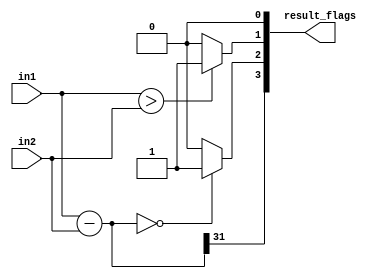

// CMP instruction, sets flags

module BIT_CMP(in1, in2, result_flags);
input [31:0] in1,in2;
output reg [3:0] result_flags; // NZCV ~ Sign, Carry, Zero, Overflow ~ reordered by Tyson to Sign, Zero, Carry Overflow to match ALU
reg [31:0] tmp_result;
 // this process is done by subtracting the second operand from the first and then set flags based on that result
 // the result is discarded as both in1 and in2 are unmodified

 always @*
 begin
	
	// flag setting subtraction operation
 	tmp_result = in1 - in2;

	// sign is a copy of the MSB in the tmp_result
 	result_flags[3] = tmp_result[31];
	
	// setting carry flag
 	if (in1 > in2)
	begin	
 		result_flags[1] = 1'b1;
	end
 	else 
	begin
 		result_flags[1] = 1'b0;
 	end	

	// setting zero flag
 	if (tmp_result == 32'b0)
	begin
 		result_flags[2] = 1'b1;
	end
 	else
	begin
 		result_flags[2] = 1'b0;
	end

	// overflow will not be set for CMP
 	result_flags[0] = 1'b0;

 end
endmodule